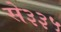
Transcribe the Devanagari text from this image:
से३३५